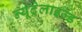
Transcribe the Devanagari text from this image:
न्यूट्रेलाइज्ड